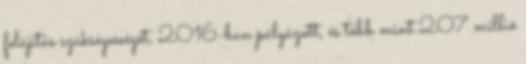
felújítás szükségességét, 2016-ban pályázott, és több mint 207 millió